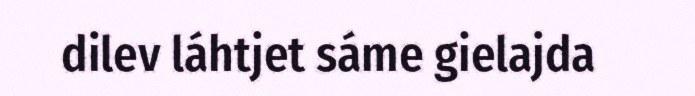
dilev láhtjet sáme gielajda